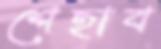
শেহাব